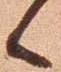
候